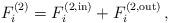
LaTeX: \begin{align*} F_i^{(2)} = F_i^{(2,\mathrm{in})} + F_i^{(2, \mathrm{out})}\,,\end{align*}